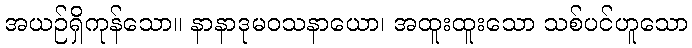
အယဉ်ရှိကုန်သော။ နာနာဒုမဝသနာယော၊ အထူးထူးသော သစ်ပင်ဟူသော